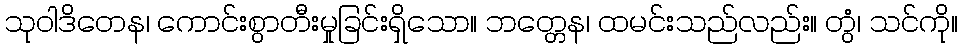
သုဝါဒိတေန၊ ကောင်းစွာတီးမှုခြင်းရှိသော။ ဘတ္တေန၊ ထမင်းသည်လည်း။ တွံ၊ သင်ကို။